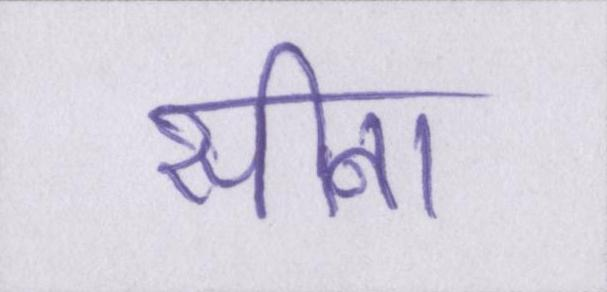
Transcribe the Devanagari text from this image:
सीना